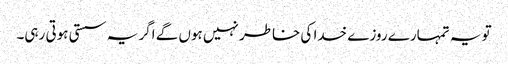
تو یہ تمہارے روزے خدا کی خاطر نہیں ہوں گے اگر یہ سستی ہوتی رہی۔